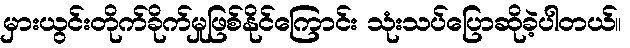
မှားယွင်းတိုက်ခိုက်မှုဖြစ်နိုင်ကြောင်း သုံးသပ်ပြောဆိုခဲ့ပါတယ်။